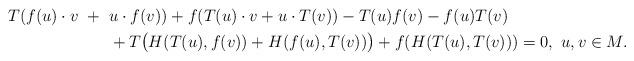
LaTeX: \begin{align*}T ( f(u) \cdot v ~+~ &u \cdot f(v)) + f ( T(u) \cdot v + u \cdot T(v)) - T(u) f(v) - f(u) T(v) \\& + T \big( H ( T(u), f(v)) + H ( f(u), T(v)) \big) + f ( H (T(u), T(v)) ) = 0,~ u, v \in M. \end{align*}